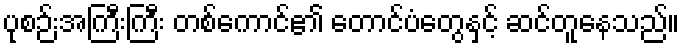
ပုစဉ်းအကြီးကြီး တစ်ကောင်၏ တောင်ပံတွေနှင့် ဆင်တူနေသည်။